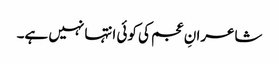
شاعرانِ عجم کی کوئی انتہا نہیں ہے۔